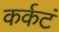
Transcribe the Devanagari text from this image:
कर्कटं